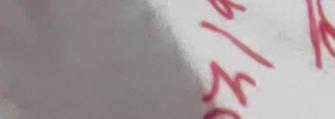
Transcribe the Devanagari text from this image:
कसो